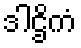
ဒါဌိကံ